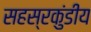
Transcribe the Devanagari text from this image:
सहस्रकुंडीय